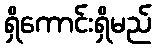
ရှိကောင်းရှိမည်